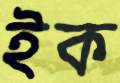
ইক